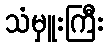
သံမှူးကြီး